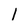
Character: 1